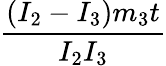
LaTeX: \frac{(I_{2}-I_{3})m_{3}t}{I_{2}I_{3}}